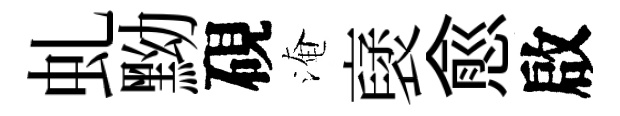
虬黝硯淹裦愈啟